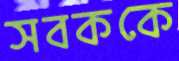
সবককে